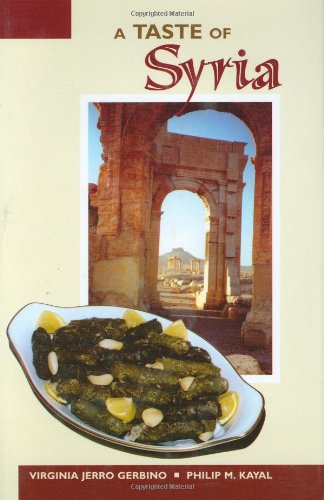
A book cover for A Taste of Syria; Virginia Jerro Gerbino; Cookbooks, Food & Wine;